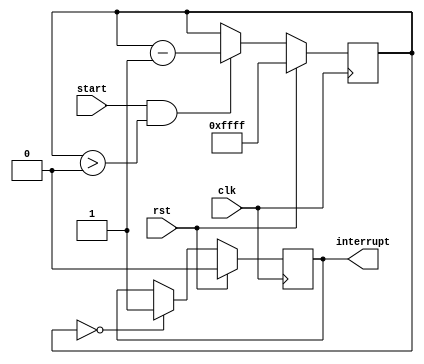
module countdown_timer (
    input wire clk,          // System clock
    input wire rst,          // Reset signal
    input wire start,        // Start signal
    output reg interrupt     // Interrupt signal
);

parameter COUNTDOWN_VALUE = 16'hFFFF; // Preset countdown value

reg [15:0] count; // Countdown value

always @ (posedge clk) begin
    if (rst) begin
        count <= COUNTDOWN_VALUE; // Initialize countdown value
        interrupt <= 0; // Reset interrupt signal
    end else begin
        if (start && count > 0) begin
            count <= count - 1; // Decrement countdown value
        end
        if (count == 0) begin
            interrupt <= 1; // Generate interrupt signal when countdown reaches zero
        end
    end
end

endmodule